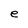
Character: e